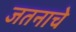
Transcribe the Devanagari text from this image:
जतनाचे